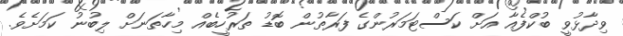
ވިދާޅުވީ ބުކްފެއާ އަށް ކަސްޓަމަރުންގެ ފަރާތުން ބޮޑު ތަރުހީބެއް މިހާތަނަށް ލިބުނު ކަމަށެވެ.